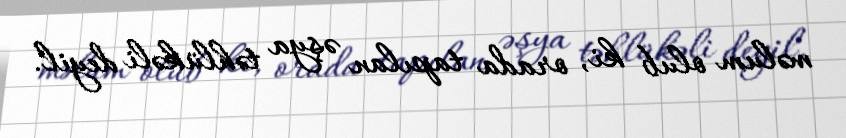
məlum olub ki, orada tapılan əşya təhlükəli deyil.